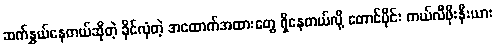
ဆက်နွှယ်နေတယ်ဆိုတဲ့ ခိုင်လုံတဲ့ အထောက်အထားတွေ ရှိနေတယ်လို့ တောင်ပိုင်း ကယ်လီဖိုးနီးယား